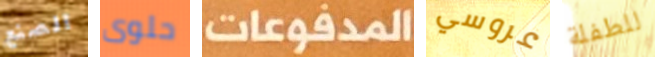
الصنع حلوى المدفوعات عروسي للطفلة